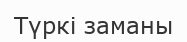
Түркі заманы